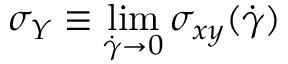
\sigma _ { Y } \equiv \operatorname* { l i m } _ { \dot { \gamma } \to 0 } \sigma _ { x y } ( \dot { \gamma } )